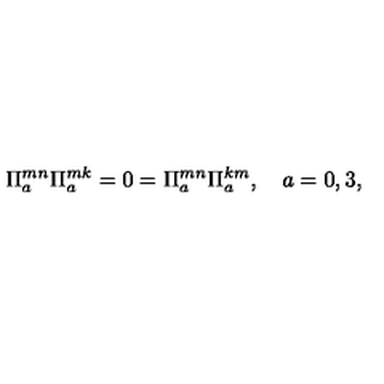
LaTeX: \Pi _ { a } ^ { m n } \Pi _ { a } ^ { m k } = 0 = \Pi _ { a } ^ { m n } \Pi _ { a } ^ { k m } , \quad a = 0 , 3 ,